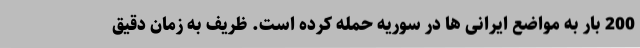
200 بار به مواضع ایرانی ها در سوریه حمله کرده است. ظریف به زمان دقیق